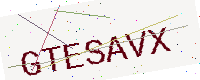
Text: GTESAVX